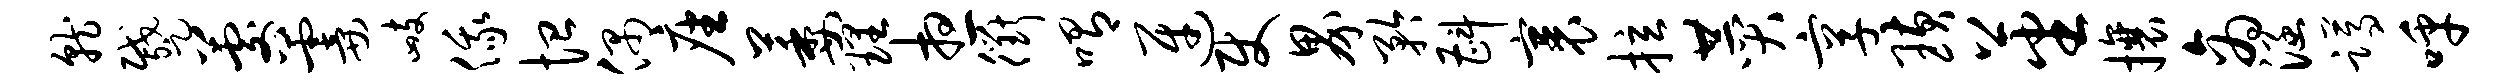
就蹙晷霎峙俄恤偶座萎理想衢喟迓使界矜斟裹拉赞享璜蕃攘商涵蹲呼